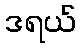
ဒရယ်